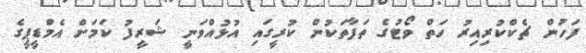
ފަހުން ޗެކްކުރިއިރު ހަތް ވޯޓުގެ ތަފާތަކުން ކުރީގައި އުޅުއްވަނީ ޝަރީފު ކަމަށް އެމްޑީޕީގެ